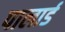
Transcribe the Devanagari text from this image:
पालार्ड